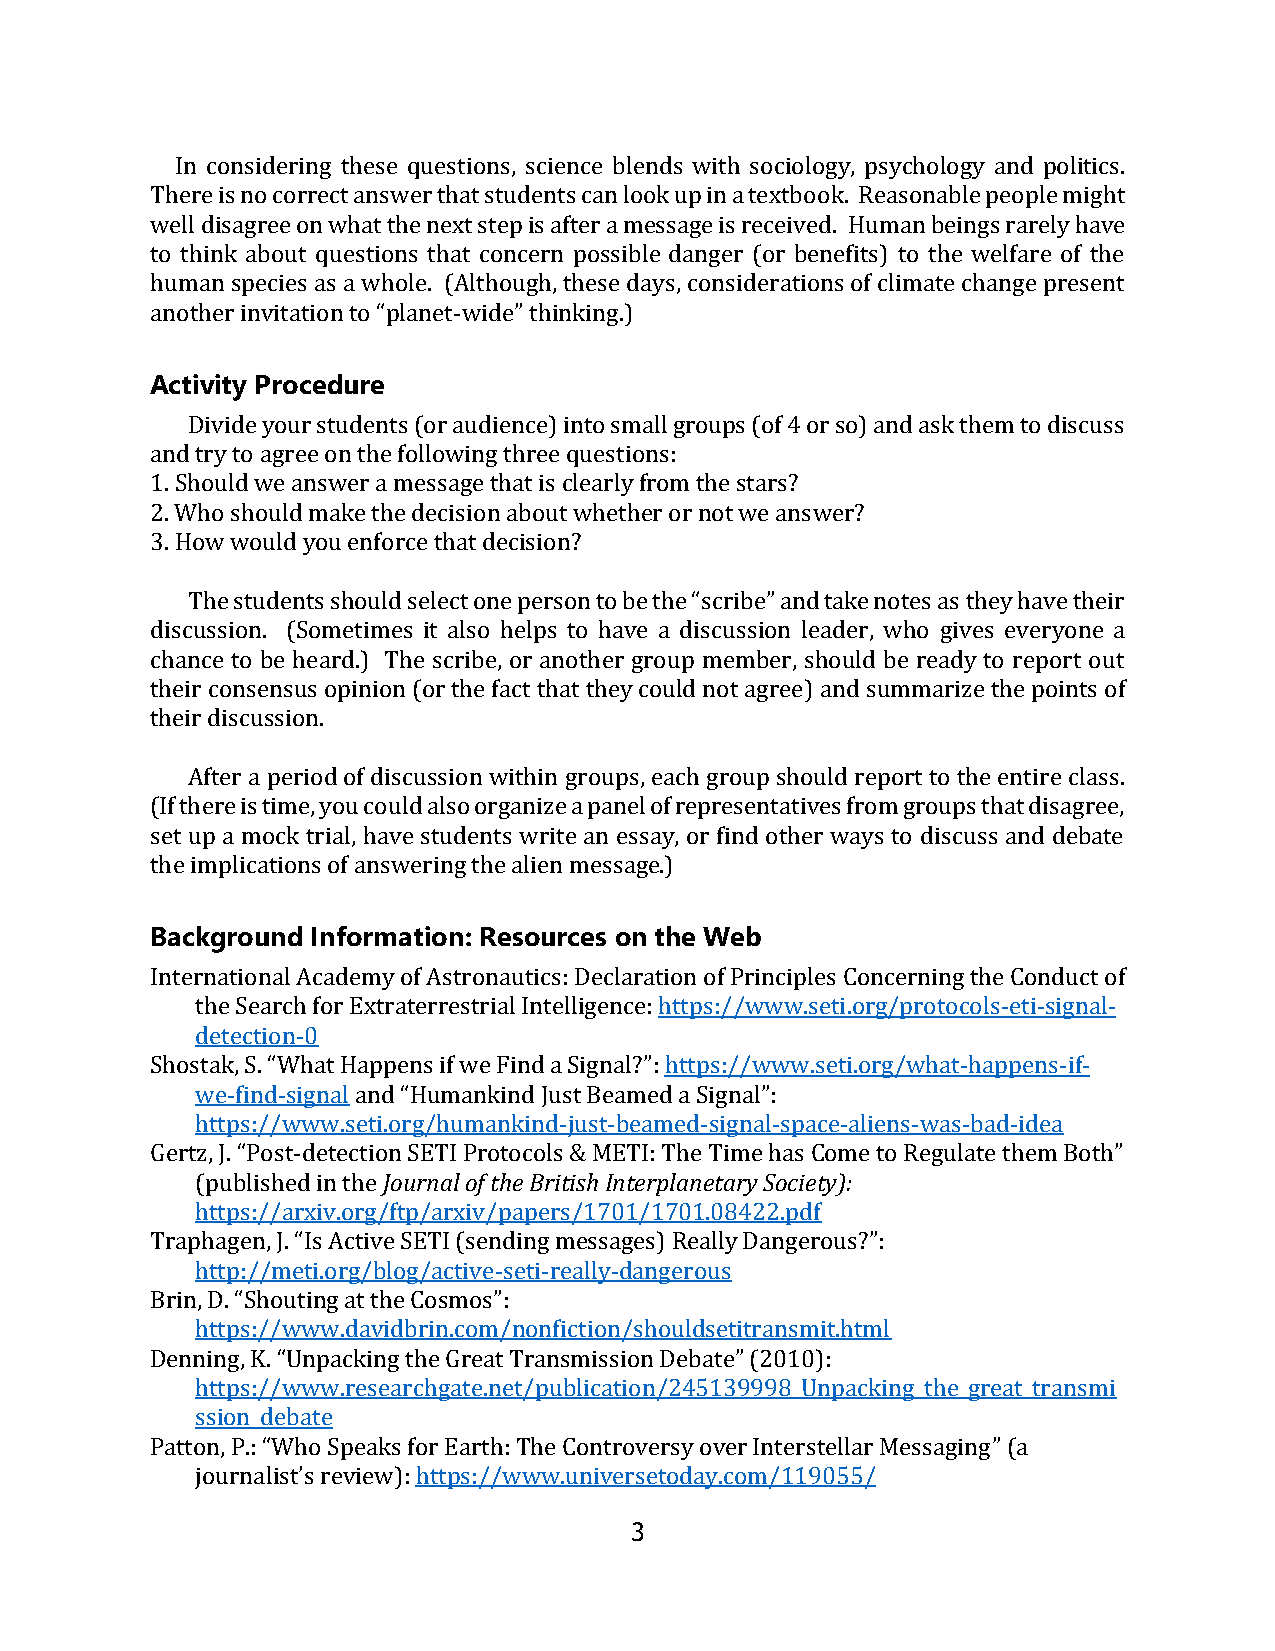
In considering these questions, science blends with sociology, psychology and politics.
 There is no correct answer that students can look up in a textbook. Reasonable people might
 well disagree on what the next step is after a message is received. Human beings rarely have
 to think about questions that concern possible danger (or benefits) to the welfare of the
 human species as a whole. (Although, these days, considerations of climate change present
 another invitation to “planet-wide” thinking.)
 Activity Procedure
 Divide your students (or audience) into small groups (of 4 or so) and ask them to discuss
 and try to agree on the following three questions:
 1. Should we answer a message that is clearly from the stars?
 2. Who should make the decision about whether or not we answer?
 3. How would you enforce that decision?
 The students should select one person to be the “scribe” and take notes as they have their
 discussion. (Sometimes it also helps to have a discussion leader, who gives everyone a
 chance to be heard.) The scribe, or another group member, should be ready to report out
 their consensus opinion (or the fact that they could not agree) and summarize the points of
 their discussion.
 After a period of discussion within groups, each group should report to the entire class.
 (If there is time, you could also organize a panel of representatives from groups that disagree,
 set up a mock trial, have students write an essay, or find other ways to discuss and debate
 the implications of answering the alien message.)
 Background Information: Resources on the Web
 International Academy of Astronautics: Declaration of Principles Concerning the Conduct of
 the Search for Extraterrestrial Intelligence: https://www.seti.org/protocols-eti-signal-
 detection-0
 Shostak, S. “What Happens if we Find a Signal?”: https://www.seti.org/what-happens-if-
 we-find-signal and “Humankind Just Beamed a Signal”:
 https://www.seti.org/humankind-just-beamed-signal-space-aliens-was-bad-idea
 Gertz, J. “Post-detection SETI Protocols & METI: The Time has Come to Regulate them Both”
 (published in the Journal of the British Interplanetary Society):
 https://arxiv.org/ftp/arxiv/papers/1701/1701.08422.pdf
 Traphagen, J. “Is Active SETI (sending messages) Really Dangerous?”:
 http://meti.org/blog/active-seti-really-dangerous
 Brin, D. “Shouting at the Cosmos”:
 https://www.davidbrin.com/nonfiction/shouldsetitransmit.html
 Denning, K. “Unpacking the Great Transmission Debate” (2010):
 https://www.researchgate.net/publication/245139998_Unpacking_the_great_transmi
 ssion_debate
 Patton, P.: “Who Speaks for Earth: The Controversy over Interstellar Messaging” (a
 journalist’s review): https://www.universetoday.com/119055/
 3